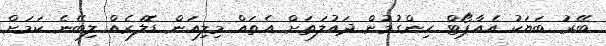
ބޭރު ބަޔަކު އެއާޕޯޓް ހިންގުމުން ދައުލަތަށް އެތައް މިލިއަން ޑޮލަރެއް ލިބޭނެ ކަމަށް